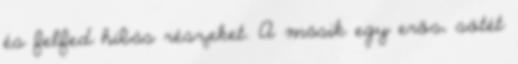
és felfed hibás részeket. A másik egy erős, sötét